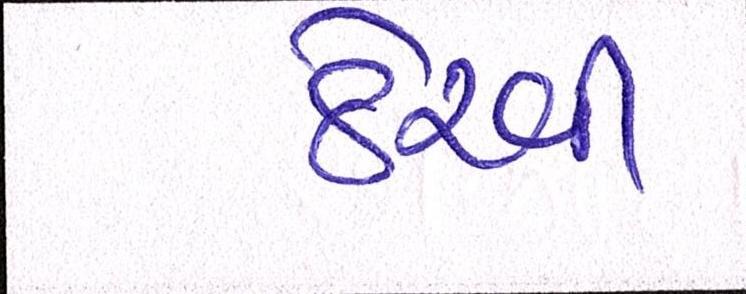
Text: ઠેરવી